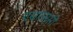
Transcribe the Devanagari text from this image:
एस्‌एस्‌सी